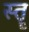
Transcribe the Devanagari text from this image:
स्‍तॄ